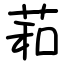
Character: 萂